Calcutta medical institutions reports 1892-1900
Year: 1892
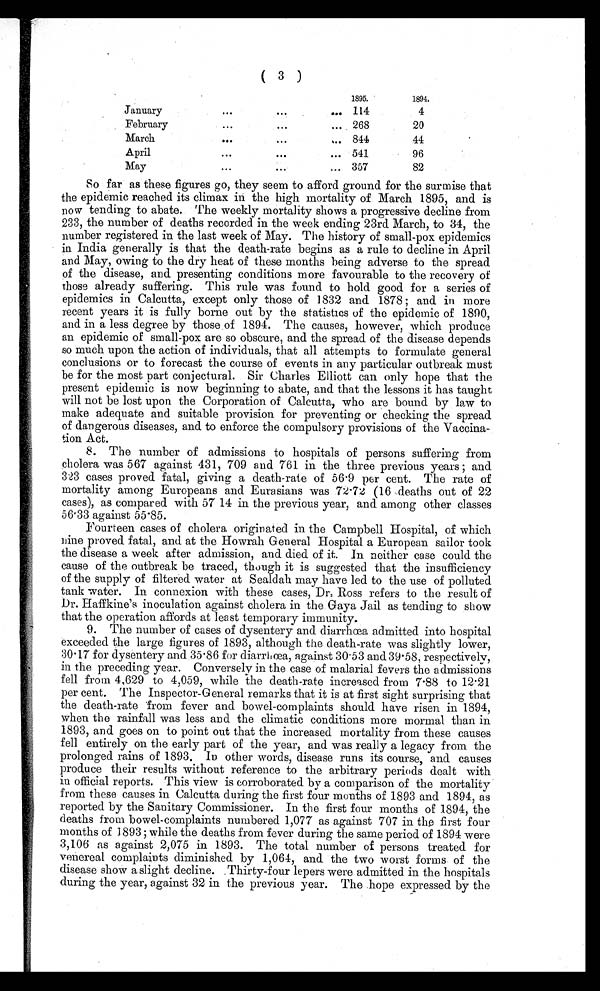
( 3 )
1895.
1894.
January
... ...
... 114
4
February
... ...
... 268
20
March
...
...
... 844
44
April
... ... ...
541
96
May
... ... ...
357
82
So far as these figures go, they seem to afford ground for the surmise that
the epidemic reached its climax in the high mortality of March 1895, and is
now tending to abate. The weekly mortality shows a progressive decline from
233, the number of deaths recorded in the week ending 23rd March, to 34, the
number registered in the last week of May. The history of small-pox epidemics
in India generally is that the death-rate begins as a rule to decline in April
and May, owing to the dry heat of these months being adverse to the spread
of the disease, and presenting conditions more favourable to the recovery of
those already suffering. This rule was found to hold good for a series of
epidemics in Calcutta, except only those of 1832 and 1878 ; and in more
recent years it is fully borne out by the statistics of the epidemic of 1890,
and in a less degree by those of 1894. The causes, however, which produce
an epidemic of small-pox are so obscure, and the spread of the disease depends
so much upon the action of individuals, that all attempts to formulate general
conclusions or to forecast the course of events in any particular outbreak must
be for the most part conjectural. Sir Charles Elliott can only hope that the
present epidemic is now beginning to abate, and that the lessons it has taught
will not be lost upon the Corporation of Calcutta, who are bound by law to
make adequate and suitable provision for preventing or checking the spread
of dangerous diseases, and to enforce the compulsory provisions of the Vaccina-
tion Act.
8. The number of admissions to hospitals of persons suffering from
cholera was 567 against 431, 709 and 761 in the three previous years ; and
323 cases proved fatal, giving a death-rate of 56.9 per cent. The rate of
mortality among Europeans and Eurasians was 72.72 (16 deaths out of 22
cases), as compared with 57 14 in the previous year, and among other classes
56.33 against 55.85.
Fourteen cases of cholera originated in the Campbell Hospital, of which
nine proved fatal, and at the Howrah General Hospital a European sailor took
the disease a week after admission, and died of it. In neither case could the
cause of the outbreak be traced, though it is suggested that the insufficiency
of the supply of filtered water at Sealdah may have led to the use of polluted
tank water. In connexion with these cases, Dr. Ross refers to the result of
Dr. Haffkine's inoculation against cholera in the Gaya Jail as tending to show
that the operation affords at least temporary immunity.
9. The number of cases of dysentery and diarrhœa admitted into hospital
exceeded the large figures of 1893, although the death-rate was slightly lower,
30.17 for dysentery and 35.86 for diarrhœa, against 30.53 and 39.58, respectively,
in the preceding year. Conversely in the case of malarial fevers the admissions
fell from 4,629 to 4,059, while the death-rate increased from 7.88 to 12.21
per cent. The Inspector-General remarks that it is at first sight surprising that
the death-rate from fever and bowel-complaints should have risen in 1894,
when the rainfall was less and the climatic conditions more mormal than in
1893, and goes on to point out that the increased mortality from these causes
fell entirely on the early part of the year, and was really a legacy from the
prolonged rains of 1893. In other words, disease runs its course, and causes
produce their results without reference to the arbitrary periods dealt with
in official reports. This view is corroborated by a comparison of the mortality
from these causes in Calcutta during the first four months of 1893 and 1894, as
reported by the Sanitary Commissioner. In the first four months of 1894, the
deaths from bowel-complaints numbered 1,077 as against 707 in the first four
mo n t h s o f 1 8 9 3 ; wh i l e t h e d e a t h s f r o m f e v e r d u r i n g t h e s a me p e r i o d o f 1 8 9 4 we r e
3,106 as against 2,075 in 1893. The total number of persons treated for
venereal complaints diminished by 1,064, and the two worst forms of the
disease show a slight decline. Thirty-four lepers were admitted in the hospitals
during the year, against 32 in the previous year. The hope expressed by the